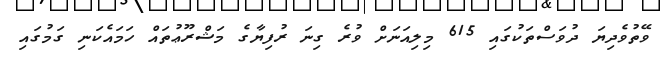
ވޭތުވެދިޔަ ދުވަސްތަކުގައި 615 މިލިއަނަށް ވުރެ ގިނަ ރުފިޔާގެ މަޝްރޫޢުތައް ހަމައެކަނި ގަމުގައި